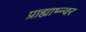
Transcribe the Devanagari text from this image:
प्राह्याभ्न्वर